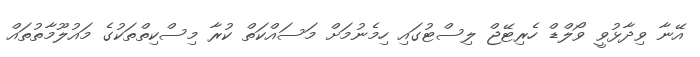
އޭނާ ވިދާޅުވީ ވޯލްޑް ހެރިޓޭޖް ލިސްޓުގައި ހިމެނުމަށް މަސައްކަތް ކުރާ މިސްކިތްތަކުގެ މައުލޫމާތުތައް